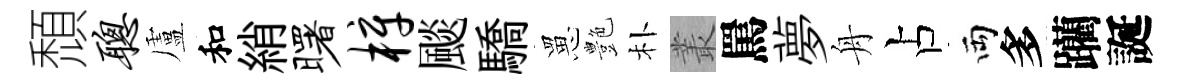
頹聪盧和綃曙梓颷驕罳艶朴叢罵夢舟占両多躪誕